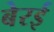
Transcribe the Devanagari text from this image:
बेरई